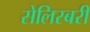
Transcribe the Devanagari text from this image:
सेलिस्बरी